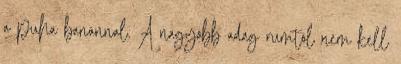
a puha banánnal. A nagyobb adag rumtól nem kell